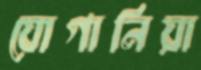
যোগানিয়া